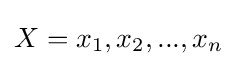
X={x_{1},x_{2},...,x_{n}}